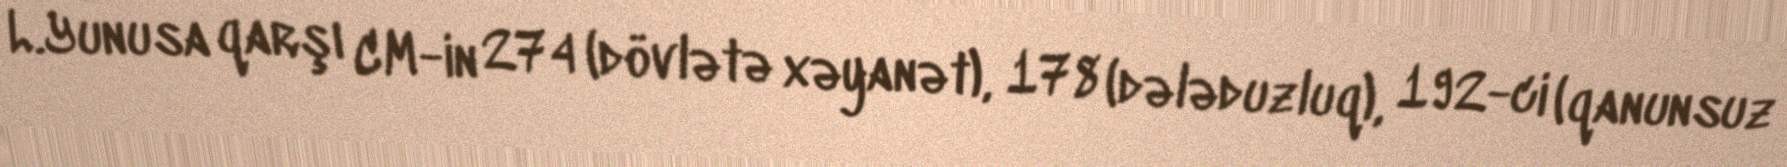
L.Yunusa qarşı CM-in 274 (dövlətə xəyanət), 178 (dələduzluq), 192-ci (qanunsuz